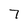
Character: 7